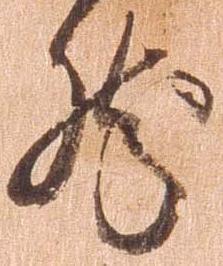
然